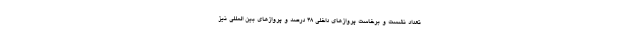
تعداد نشست و برخاست پروازهای داخلی ۴۸ درصد و پروازهای بین المللی نیز